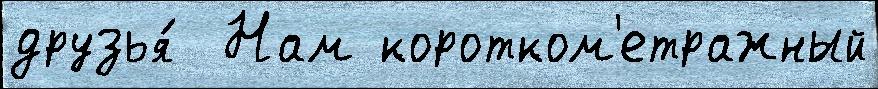
друзья́  Нам коротком'етражный